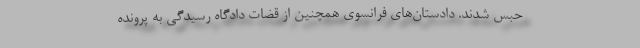
حبس شدند. دادستان‌های فرانسوی همچنین از قضات دادگاه رسیدگی به پرونده